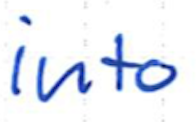
Text: into
Cross-out: clean
Writing tool: ballpoint